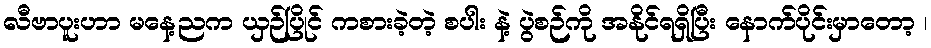
လီဗာပူးဟာ မနေ့ညက ယှဉ်ပြိုင် ကစားခဲ့တဲ့ စပါး နဲ့ ပွဲစဉ်ကို အနိုင်ရရှိပြီး နောက်ပိုင်းမှာတော့ ၊